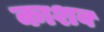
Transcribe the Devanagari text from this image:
काशब